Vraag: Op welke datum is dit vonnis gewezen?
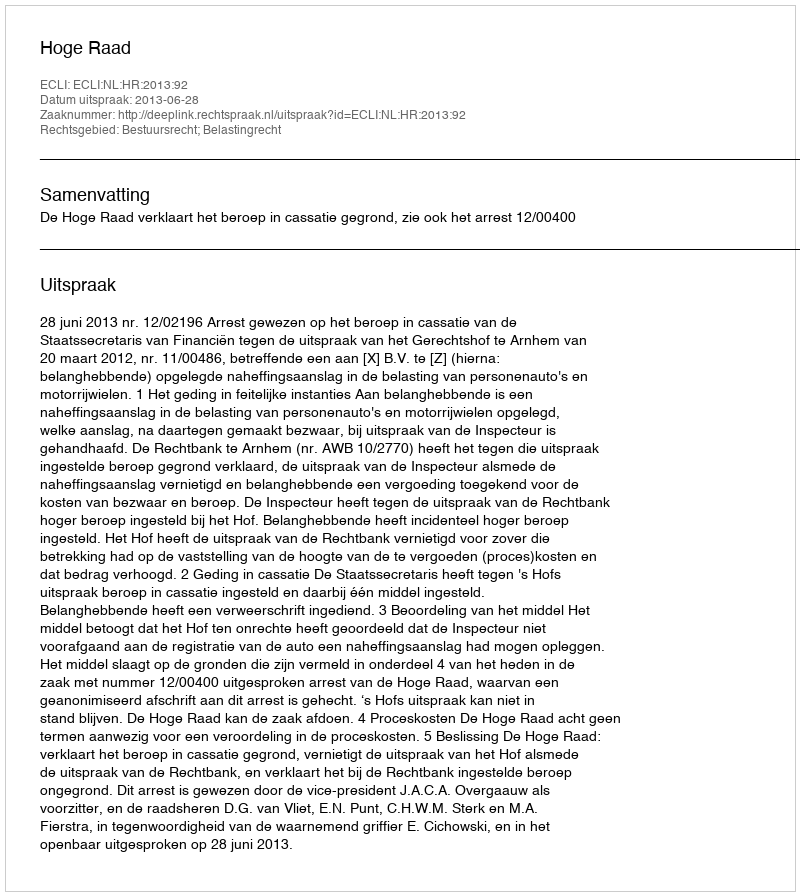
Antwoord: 2013-06-28